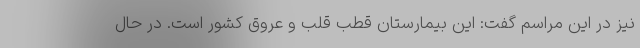
نیز در این مراسم گفت: این بیمارستان قطب قلب و عروق کشور است. در حال